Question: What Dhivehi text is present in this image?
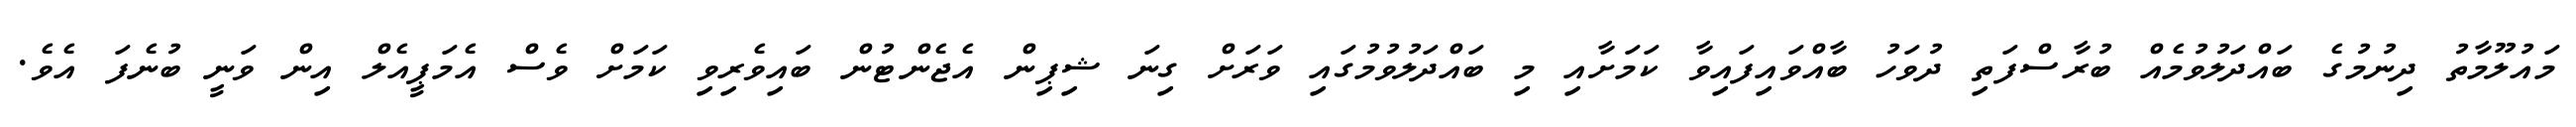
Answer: މައުލޫމާތު ދިނުމުގެ ބައްދަލުވުމެއް ބުރާސްފަތި ދުވަހު ބާއްވައިފައިވާ ކަމަށާއި މި ބައްދަލުވުމުގައި ވަރަށް ގިނަ ޝިޕިން އެޖެންޓުން ބައިވެރިވި ކަމަށް ވެސް އެމަޕީއެލް އިން ވަނީ ބުނެފަ އެވެ.